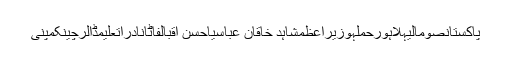
پاکستانصومالیہلاہورحملہوزیراعظمشاہد خاقان عباسیاحسن اقبالفاٹانادراتعلیمڈالرچینکمپنی